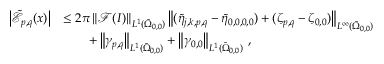
\begin{array} { r l } { \left\vert \tilde { \mathcal { E } } _ { p , q } ( \boldsymbol { x } ) \right\vert } & { \leq 2 \pi \left\| \mathcal { F } ( I ) \right\| _ { L ^ { 1 } ( \tilde { \Omega } _ { 0 , 0 } ) } \left\| ( \tilde { \eta } _ { j , k , p , q } - \tilde { \eta } _ { 0 , 0 , 0 , 0 } ) + ( \zeta _ { p , q } - \zeta _ { 0 , 0 } ) \right\| _ { L ^ { \infty } ( \tilde { \Omega } _ { 0 , 0 } ) } } \\ & { \qquad + \left\| \gamma _ { p , q } \right\| _ { L ^ { 1 } ( \tilde { \Omega } _ { 0 , 0 } ) } + \left\| \gamma _ { 0 , 0 } \right\| _ { L ^ { 1 } ( \tilde { \Omega } _ { 0 , 0 } ) } \, , } \end{array}